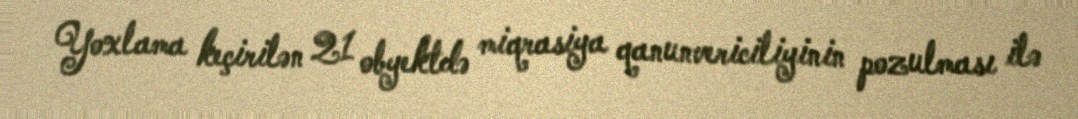
Yoxlama keçirilən 21 obyektdə miqrasiya qanunvericiliyinin pozulması ilə